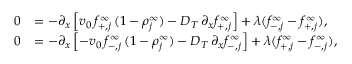
\begin{array} { r l } { 0 } & { = - \partial _ { x } \left[ v _ { 0 } \, f _ { + , j } ^ { \infty } \, ( 1 - \rho _ { j } ^ { \infty } ) - D _ { T } \, \partial _ { x } f _ { + , j } ^ { \infty } \right] + \lambda ( f _ { - , j } ^ { \infty } - f _ { + , j } ^ { \infty } ) , } \\ { 0 } & { = - \partial _ { x } \left[ - v _ { 0 } \, f _ { - , j } ^ { \infty } \, ( 1 - \rho _ { j } ^ { \infty } ) - D _ { T } \, \partial _ { x } f _ { - , j } ^ { \infty } \right] + \lambda ( f _ { + , j } ^ { \infty } - f _ { - , j } ^ { \infty } ) , } \end{array}